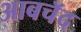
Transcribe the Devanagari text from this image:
आबचॅद